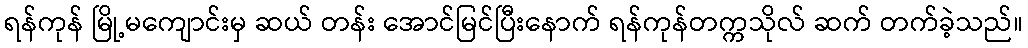
ရန်ကုန် မြို့မကျောင်းမှ ဆယ် တန်း အောင်မြင်ပြီးနောက် ရန်ကုန်တက္ကသိုလ် ဆက် တက်ခဲ့သည်။